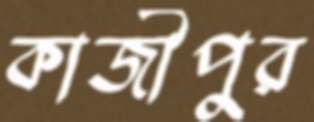
কাজীপুর